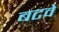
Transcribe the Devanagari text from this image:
बटवे